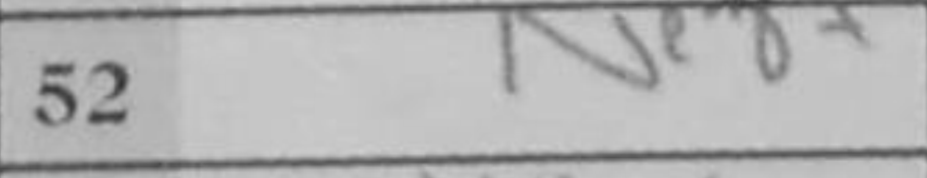
Transcription: Ne8+